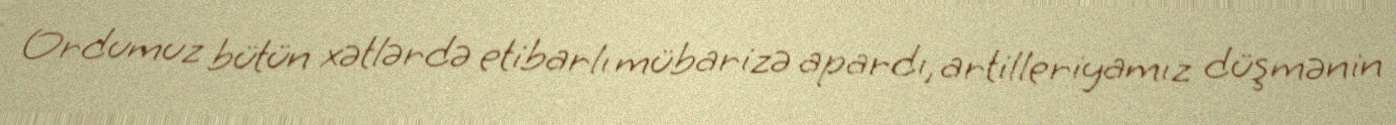
Ordumuz bütün xətlərdə etibarlı mübarizə apardı, artilleriyamız düşmənin